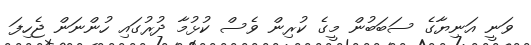
ވަނީ އަނިޔާގެ ސަބަބުން މީގެ ކުރިން ވެސް ކުޅުމާ ދުރުގައި ހުންނަން ޖެހިފަ